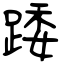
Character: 踒